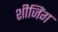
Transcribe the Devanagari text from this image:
शीजिंग